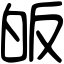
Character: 皈